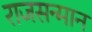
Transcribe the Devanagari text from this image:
राजसन्मान